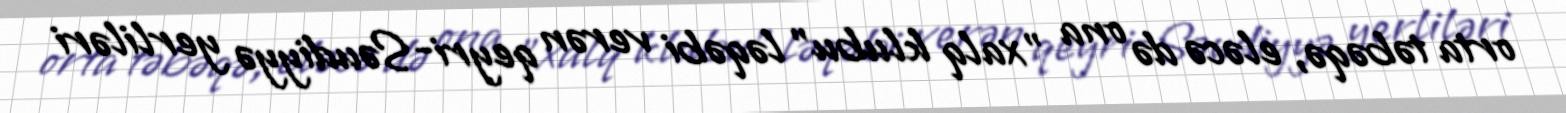
orta təbəqə, eləcə də ona "xalq klubu" ləqəbi verən qeyri-Səudiyyə yerliləri